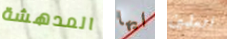
المدهشة ايها اتعلمين